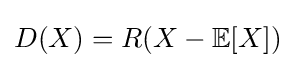
D(X)=R(X-\mathbb {E} [X])